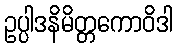
ဥပ္ပါဒနိမိတ္တကောဝိဒါ